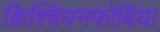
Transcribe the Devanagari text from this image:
क्रिश्चियनफोबिया